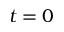
t = 0